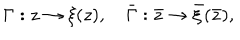
\Gamma : z \rightarrow \xi ( z ) , \quad \bar { \Gamma } : \bar { z } \rightarrow \bar { \xi } ( \bar { z } ) ,